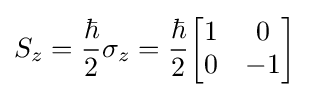
S_{z}={\frac {\hbar }{2}}\sigma _{z}={\frac {\hbar }{2}}{\begin{bmatrix}1&0\\0&-1\end{bmatrix}}